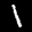
Label: 1